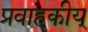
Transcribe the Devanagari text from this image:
प्रवाहकीय्